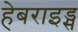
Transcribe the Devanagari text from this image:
हेबराइड्स